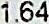
1.64